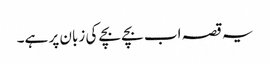
یہ قصہ اب بچے بچے کی زبان پر ہے۔